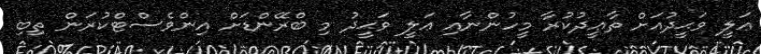
ޢަލީ ވަޙީދުއަށް ތާޢީދުކުރާ މީހުންނާއި ޢަލީ ވަޙީދު މި ބްރޭންޑަށް އިންވެސްޓްކުރަން ތިބި